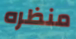
منظره